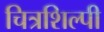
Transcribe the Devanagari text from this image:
चित्रशिल्पी